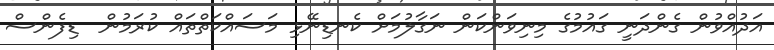
އަދުއްވުން ގެންދަނީ ގައުމުގެ މިނިވަންކަން ނަގާލުމަށް ކެނޑިނޭޅި މަސައްކަތްތައް ކުރަމުން  ޑިފެންސް